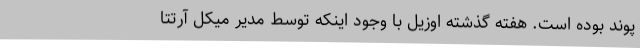
پوند بوده است. هفته گذشته اوزیل با وجود اینکه توسط مدیر میکل آرتتا